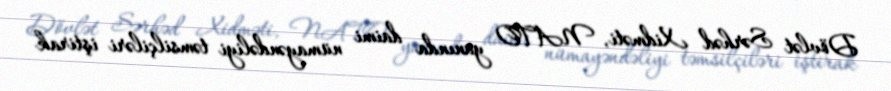
Dövlət Sərhəd Xidməti, NATO yanında daimi nümayəndəliyi təmsilçiləri iştirak